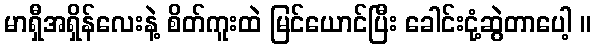
မာရှီအရှိန်လေးနဲ့ စိတ်ကူးထဲ မြင်ယောင်ပြီး ခေါင်းငုံ့ဆွဲတာပေါ့ ။